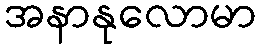
အနာနုလောမာ